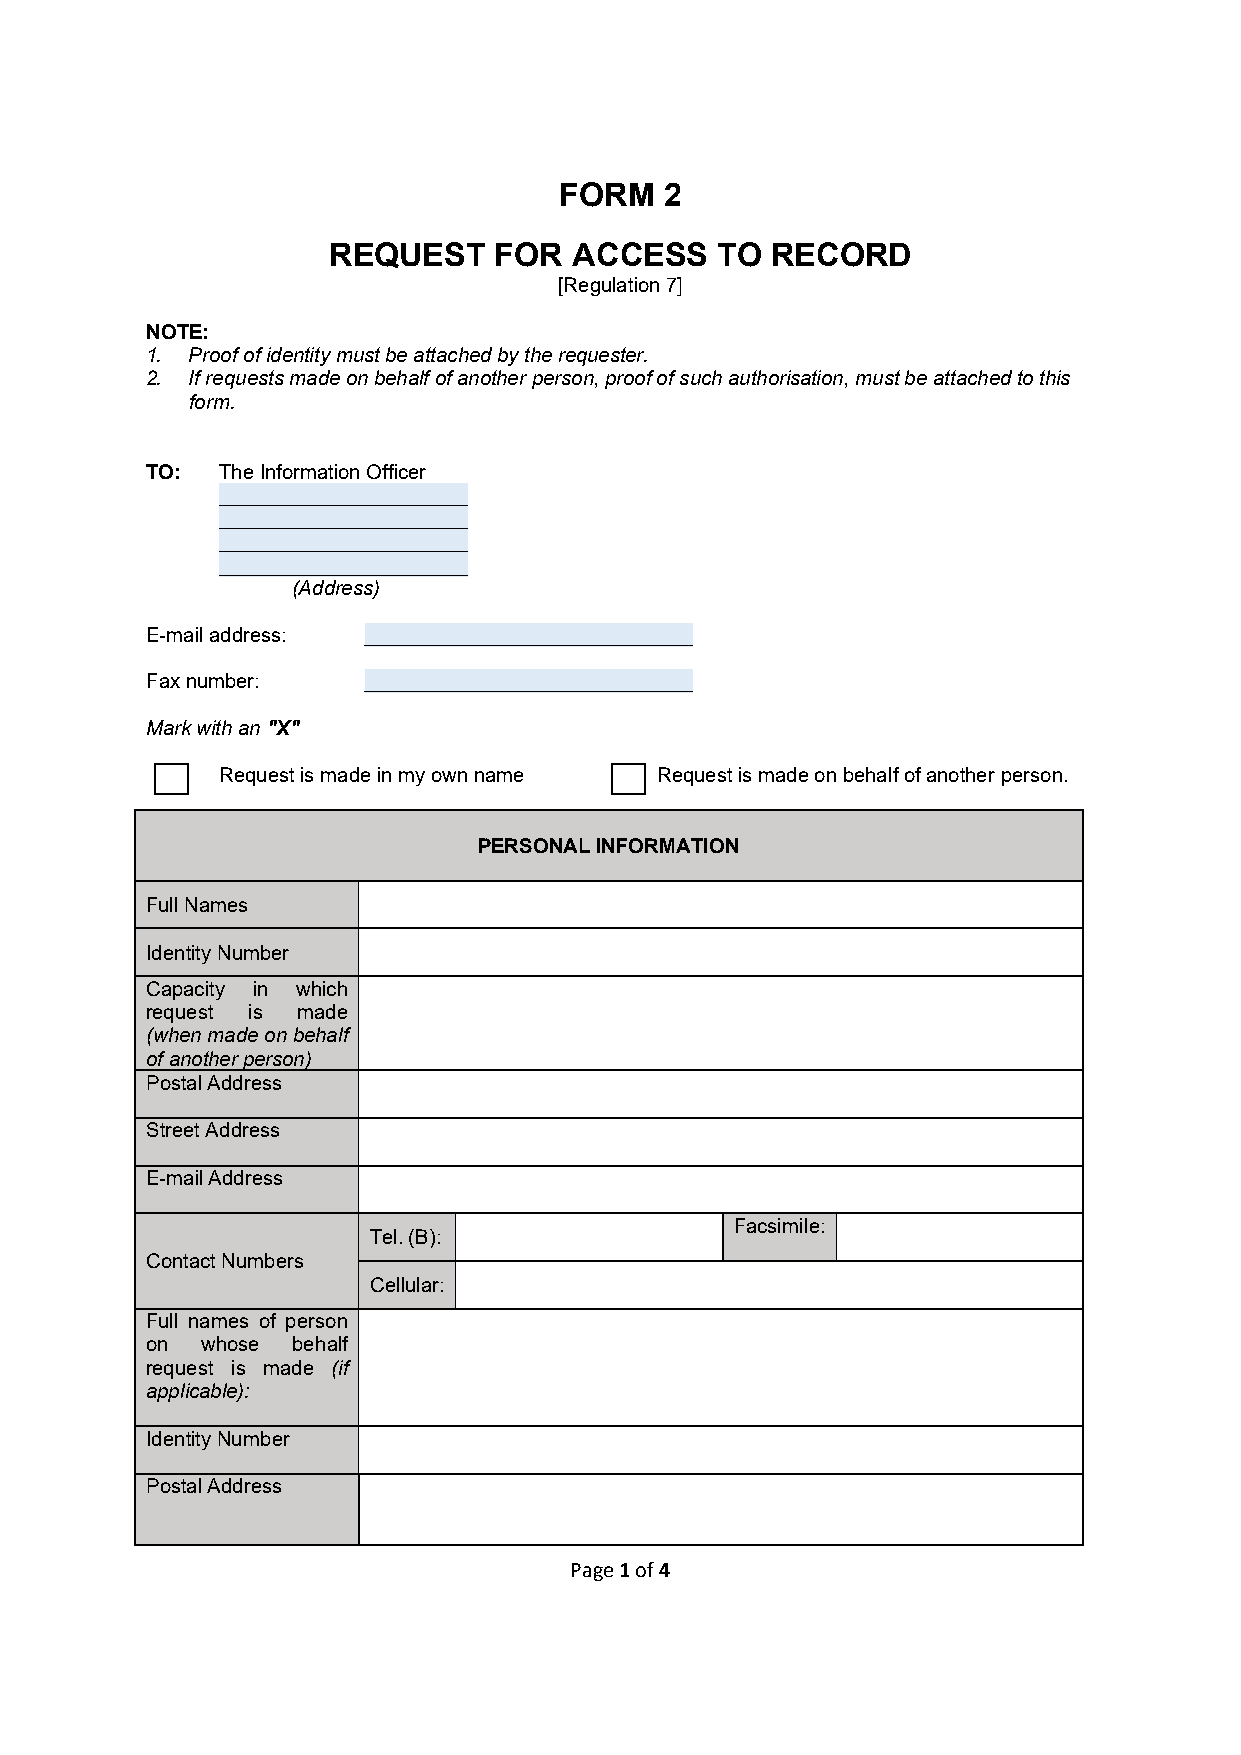
FORM   2
 REQUEST    FOR  ACCESS   TO  RECORD
 [Regulation 7]
 NOTE:
 1. Proof of identity must be attached by the requester.
 2. If requests made on behalf of another person, proof ofsuch authorisation, must be attached to this
 form.
 TO: The Information Officer
 ______________________
 ______________________
 ______________________
 ______________________
 (Address)
 E-mail address: _____________________________
 Fax number:   _____________________________
 Mark with an "X"
 Request is made in my own name Request is made on behalf of another person.
 PERSONAL INFORMATION
 Full Names
 Identity Number
 Capacity in which
 request is made
 (when made on behalf
 of another person)
 Postal Address
 Street Address
 E-mail Address
 Facsimile:
 Tel. (B):
 Contact Numbers
 Cellular:
 Full names of person
 on whose behalf
 request is made (if
 applicable):
 Identity Number
 Postal Address
 Page 1 of 4